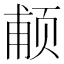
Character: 𱂩